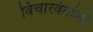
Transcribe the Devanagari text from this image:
विचारवंतांशी